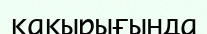
қақырығында